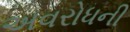
અવરોધની